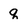
Character: q